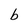
Character: b